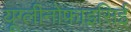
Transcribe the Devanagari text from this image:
यूग्लीनोफाइसिई